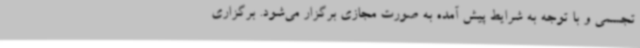
تجسمی و با توجه به شرایط پیش آمده به صورت مجازی برگزار می‌شود. برگزاری